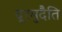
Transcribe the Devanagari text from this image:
दूरमुदैति